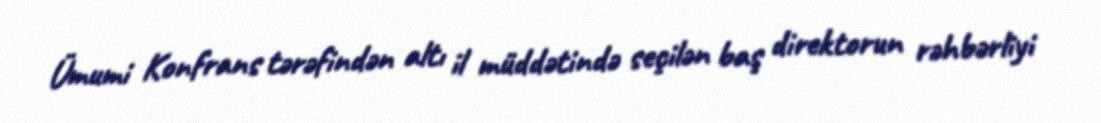
Ümumi Konfrans tərəfindən altı il müddətində seçilən baş direktorun rəhbərliyi